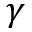
\gamma